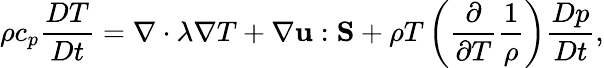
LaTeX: \rho{c_{p}}\frac{{DT}}{{Dt}}=\nabla\cdot\lambda\nabla T+\nabla{\mathbf{u}}:{\mathbf{S}}+\rho T\left({\frac{\partial}{{\partial T}}\frac{1}{\rho}}\right)\frac{{Dp}}{{Dt}},